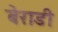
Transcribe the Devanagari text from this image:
बेराडी